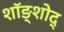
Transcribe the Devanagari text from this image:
शॉङ्शोद्